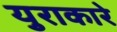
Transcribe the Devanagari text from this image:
युराकारे